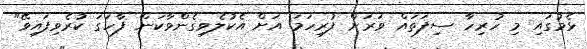
ޅެމުގައި މި ހުރިހާ ސިފަތައް ވަރަށް ފުރިހަމަ އަށް އެކުލެވިގެންވާކަން ފާހަގަ ކުރެވިފައިވޭ"